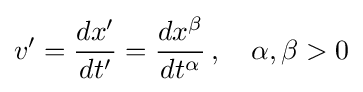
v'={\frac {dx'}{dt'}}={\frac {dx^{\beta }}{dt^{\alpha }}}\,,\quad \alpha ,\beta >0